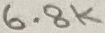
Text: 6.8K